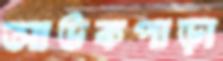
আউকপাড়া